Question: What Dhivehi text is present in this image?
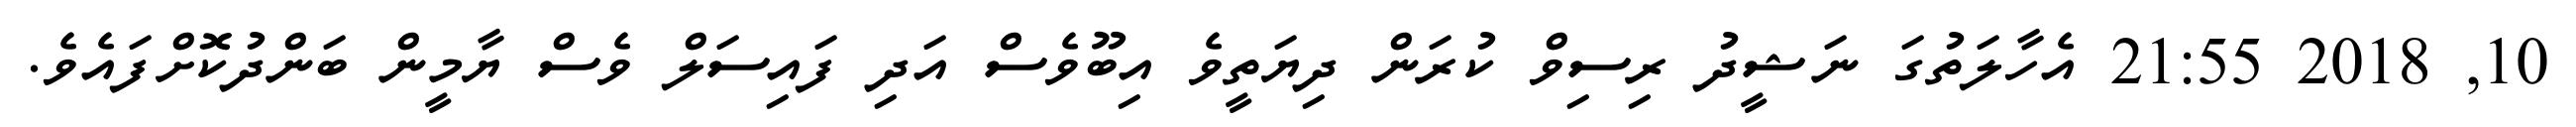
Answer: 10, 2018 21:55 އެހާލަތުގަ ނަޝީދު ރިސިވް ކުރަން ދިޔަތީވެ އިބޫވެސް އަދި ފައިސަލް ވެސް ޔާމީން ބަންދުކޮށްފައެވެ.